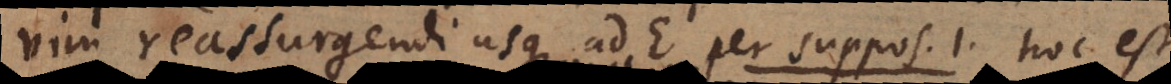
vim reassurgendi usque ad E, per suppos. 1, hoc est